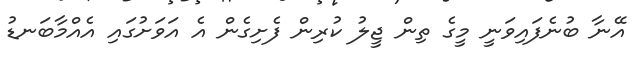
އޭނާ ބުނެފައިވަނީ މީގެ ތިން ޖީލު ކުރިން ފެށިގެން އެ އަވަށުގައި އެއްމާބަނޑު